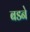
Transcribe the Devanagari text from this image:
बडने